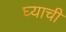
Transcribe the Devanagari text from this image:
घ्याची